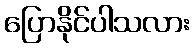
ပြောနိုင်ပါသလား